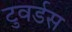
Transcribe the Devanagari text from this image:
टुवर्डस